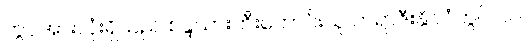
တွင်အားလုံးရှိသည် စန္ဒယားတီးကောင်းသူ ဘရာဇီးနိုင်ငံတွင် ဂဂ